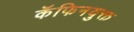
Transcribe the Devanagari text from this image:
कॅफिनयुक्त